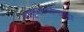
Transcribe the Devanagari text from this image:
नाट्यप्रयोगाला